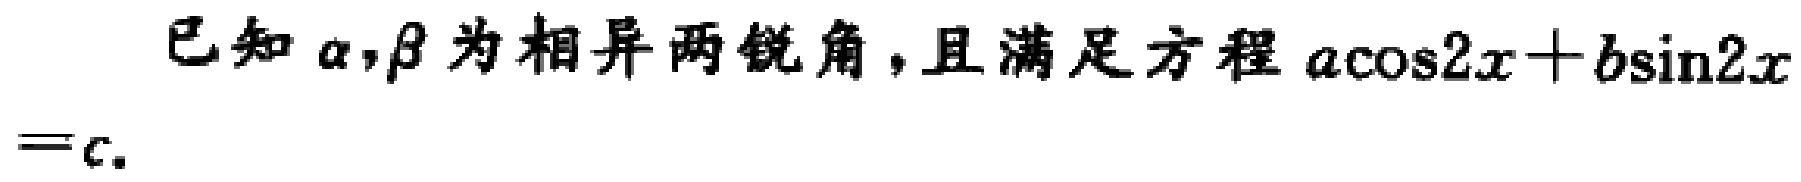
已知\(\alpha,\beta\)为相异两锐角，且满足方程\(a\cos2x + b\sin2x = c\)。